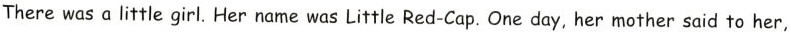
There was a little girl. Her name was Little Red-Cap. One day, her mother said to her,